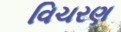
વિચરણ